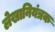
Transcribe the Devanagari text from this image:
लेखानियंत्रक